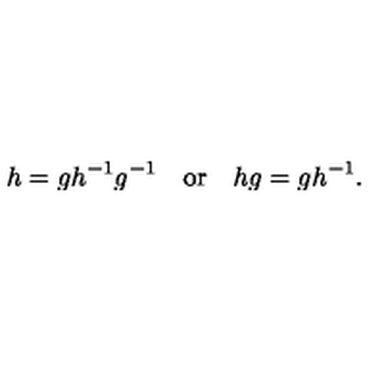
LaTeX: h = g h ^ { - 1 } g ^ { - 1 } \quad \mathrm { o r } \quad h g = g h ^ { - 1 } .